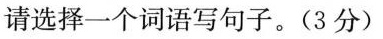
请选择一个词语写句子。（3分）